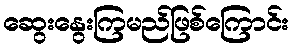
ဆွေးနွေးကြမည်ဖြစ်ကြောင်း